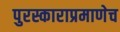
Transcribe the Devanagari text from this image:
पुरस्काराप्रमाणेच